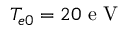
T _ { e 0 } = 2 0 \textrm { e V }